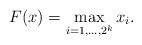
\begin{align*}F(x) = \max_{i=1,\ldots, 2^k} x_i.\end{align*}